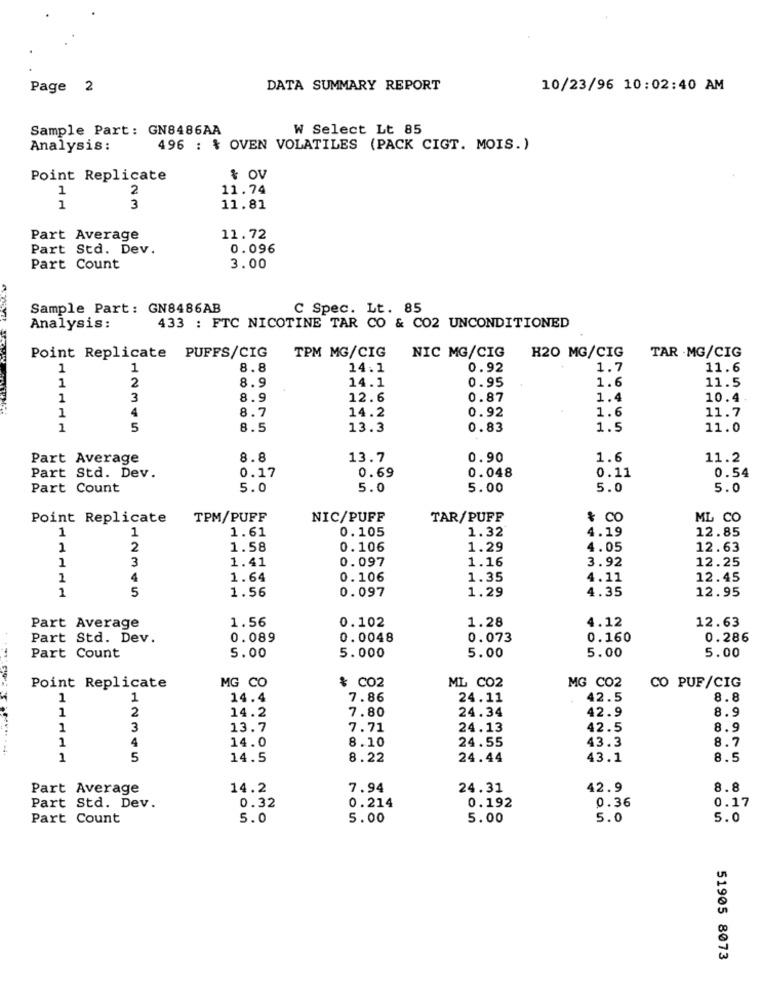
Page 2
DATA SUMMARY REPORT
10/23/96 10:02:40 AM
Sample Part: GN8486AA
W Select Lt 85
Analysis:
496 : % OVEN VOLATILES (PACK CIGT. MOIS.)
Point Replicate
& OV
1
2
11.74
1
3
11.81
Part Average
11.72
Part Std. Dev.
0.096
Part Count
3.00
Sample Part: GN8486AB
C Spec. Lt. 85
Analysis:
433 : FTC NICOTINE TAR CO & CO2 UNCONDITIONED
Point Replicate PUFFS/CIG
TPM MG/CIG
NIC MG/CIG
H20 MG/CIG
TAR .MG/CIG
1
1
8.8
14.1
0.92
1.7
11.6
1
8.9
14.1
0.95
1.6
11.5
2
1
3
8.9
12.6
0.87
1.4
10.4
1
4
8.7
14.2
0.92
1.6
11.7
1
5
8.5
13.3
0.83
1.5
11.0
Part Average
8.8
13.7
0.90
1.6
11.2
Part Std. Dev.
0.17
0.69
0.048
0.11
0.54
Part Count
5.0
5.0
5.00
5.0
5.0
Point Replicate
TPM/PUFF
NIC/PUFF
TAR/PUFF
& CO
ML CO
1
1
1.61
0.105
1.32
12.85
4.19
1
2
1.58
0.106
1.29
4.05
12.63
1
3
0.097
1.16
3.92
12.25
1.41
1
4
1.64
0.106
1.35
4.11
12.45
1
5
1.56
0.097
1.29
4.35
12.95
1.56
0.102
1.28
4.12
12.63
Part Average
Part Std. Dev.
0.089
0.0048
0.073
0.160
0.286
5.00
5.00
5.00
5.00
Part Count
5.000
Point Replicate
MG CO
ML C02
& CO2
MG C02
CO PUF/CIG
1
1
14.4
7.86
24.11
42.5
8.8
1
2
7.80
24.34
42.9
8.9
14.2
1
3
13.7
7.71
24.13
42.5
8.9
1
8.10
43.3
8.7
4
14.0
24.55
5
14.5
8.22
24.44
43.1
8.5
Part Average
14.2
7.94
24.31
42.9
8.8
0.32
0.214
0.36
0.17
Part Std. Dev.
0.192
Part Count
5.0
5.00
5.00
5.0
5.0
51905 8073